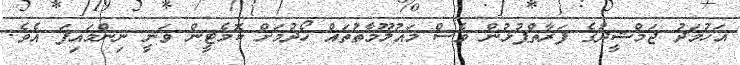
އަހުމަދު ޖަމްޝީދުގެ ފަރާތްޕުޅުން ވެސް މައުލޫމާތުތައް ހޯދުމަށް ކޮމެޓީން ވަނީ ނިންމައިފަ އެވެ.